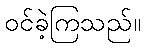
ဝင်ခဲ့ကြသည်။